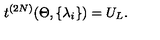
t ^ { ( 2 N ) } ( \Theta , \{ \lambda _ { i } \} ) = U _ { L } .